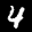
Label: 4